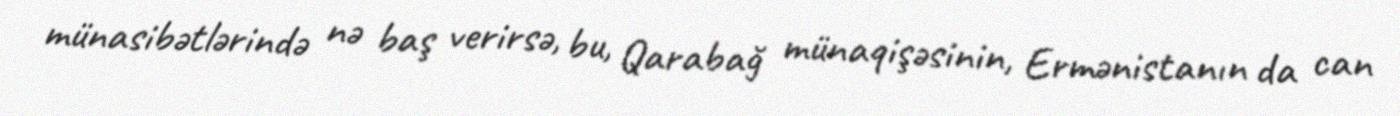
münasibətlərində nə baş verirsə, bu, Qarabağ münaqişəsinin, Ermənistanın da can